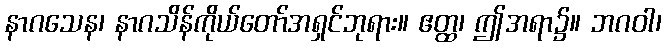
နာဂသေန၊ နာဂသိန်ကိုယ်တော်အရှင်ဘုရား။ ဧတ္ထ၊ ဤအရာ၌။ ဘဂဝါ၊